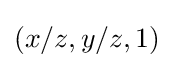
(x/z,y/z,1)